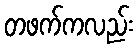
တဖက်ကလည်း